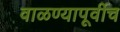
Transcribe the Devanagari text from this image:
वाळण्यापूर्वीच